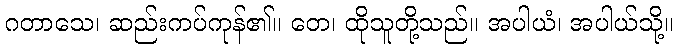
ဂတာသေ၊ ဆည်းကပ်ကုန်၏။ တေ၊ ထိုသူတို့သည်။ အပါယံ၊ အပါယ်သို့။